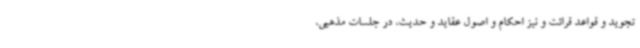
تجوید و قواعد قرائت و نیز احکام و اصول عقاید و حدیث، در جلسات مذهبی،